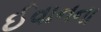
ઈવાનના